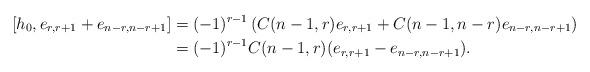
LaTeX: \begin{align*} [h_0,e_{r,r+1}+e_{n-r,n-r+1}] &= (-1)^{r-1} \left( C(n-1,r)e_{r,r+1}+ C(n-1,n-r) e_{n-r,n-r+1}\right) \\ &= (-1)^{r-1}C(n-1,r) (e_{r,r+1}-e_{n-r,n-r+1}).\\ \end{align*}